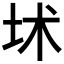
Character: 𡊍